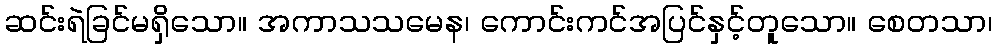
ဆင်းရဲခြင်မရှိသော။ အကာသသမေန၊ ကောင်းကင်အပြင်နှင့်တူသော။ စေတသာ၊